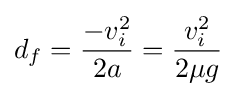
d_{f}={\frac {-v_{i}^{2}}{2a}}={\frac {v_{i}^{2}}{2\mu g}}